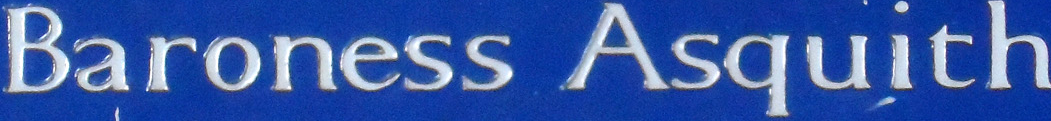
Baroness Asquith